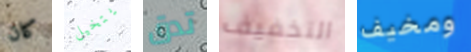
كان يتخيل تدق التخفيف ومخيف